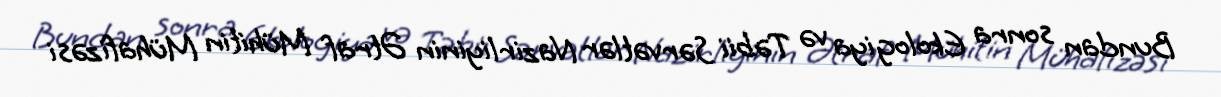
Bundan sonra Ekologiya və Təbii Sərvətlər Nazirliyinin Ətraf Mühitin Mühafizəsi